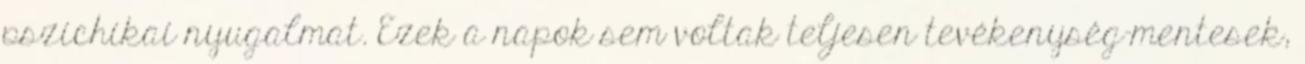
pszichikai nyugalmat. Ezek a napok sem voltak teljesen tevékenység-mentesek,